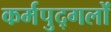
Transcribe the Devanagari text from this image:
कर्मपुद्गलों